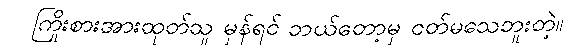
ကြိုးစားအားထုတ်သူ မှန်ရင် ဘယ်တော့မှ ငတ်မသေဘူးတဲ့။